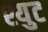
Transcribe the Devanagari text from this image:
श्युट